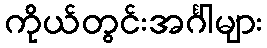
ကိုယ်တွင်းအင်္ဂါများ